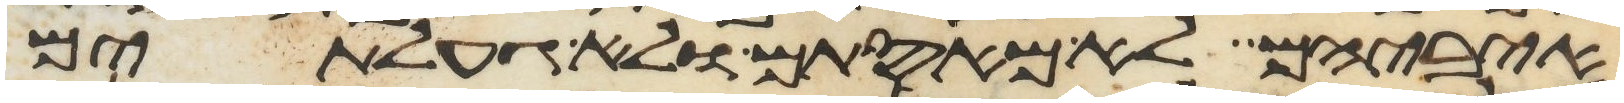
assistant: איביהם לא מאסתים ולא געלתים